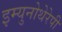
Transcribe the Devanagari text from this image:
इम्युनोथेरेपी